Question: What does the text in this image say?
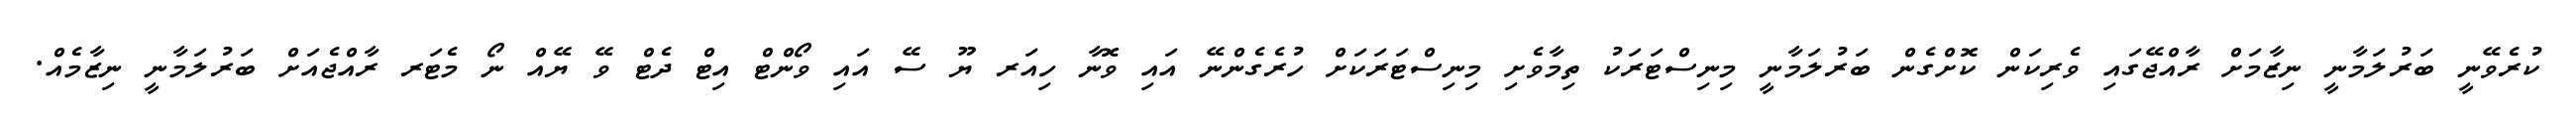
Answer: ކުރެވޭނީ ބަރުލަމާނީ ނިޒާމަށް ރާއްޖޭގައި ވެރިކަން ކޮށްގެން ބަރުލަމާނީ މިނިސްޓަރަކު ތިމާވެށި މިނިސްޓަރަކަށް ހުރެގެންނޭ އައި ވޮނާ ހިއަރ ޔޫ ސޭ އައި ވޯންޓް އިޓް ދެޓް ވޭ ޔޭއް ނޯ މެޓަރ ރާއްޖެއަށް ބަރުލަމާނީ ނިޒާމެއް.